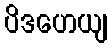
ပိဒဟေယျ